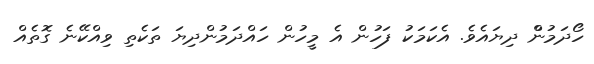
ހޯދަމުންް ދިޔައެވެ. އެކަމަކު ފަހުން އެ މީހުން ހައްދަމުންދިޔަ ތަކެތި ވިއްކޭނެ ގޮޮތެއް